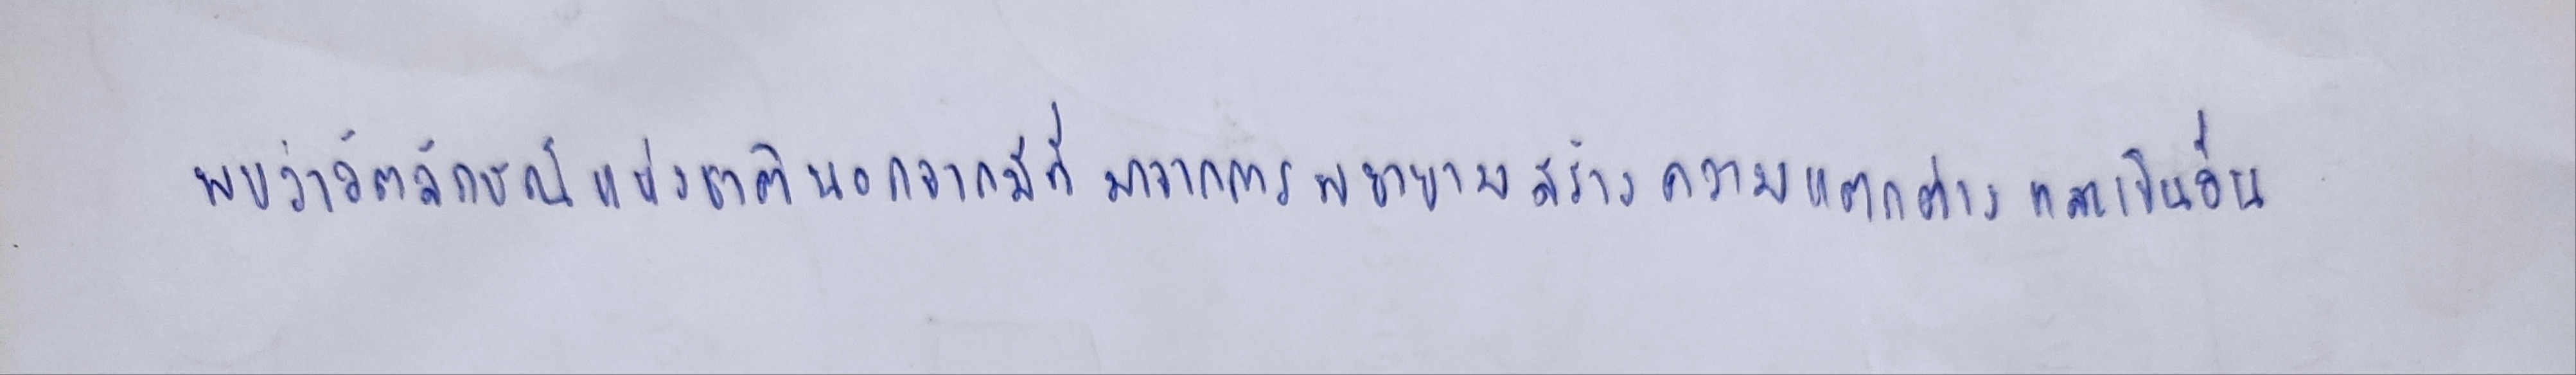
พบว่าอัตลักษณ์แห่งชาตินอกจากจะมีที่มาจากการพยายามสร้างความแตกต่างและเป็นอื่น